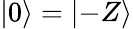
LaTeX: |0\rangle=|{-}Z\rangle